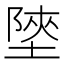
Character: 𡎶